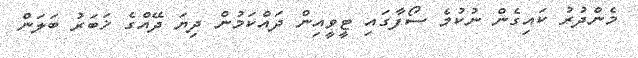
މެންދުރު ކައިގެން ނުކުމެ ސޯފާގައި ޓީވީއިން ދައްކަމުން ދިޔަ ދޭއްގެ ޚަބަރު ބަލަން